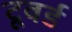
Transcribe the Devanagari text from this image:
टूवर्ड